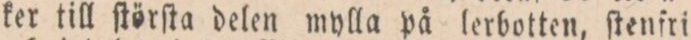
ker till ſtörſta delen mylla på lerbotten, ſtenfri